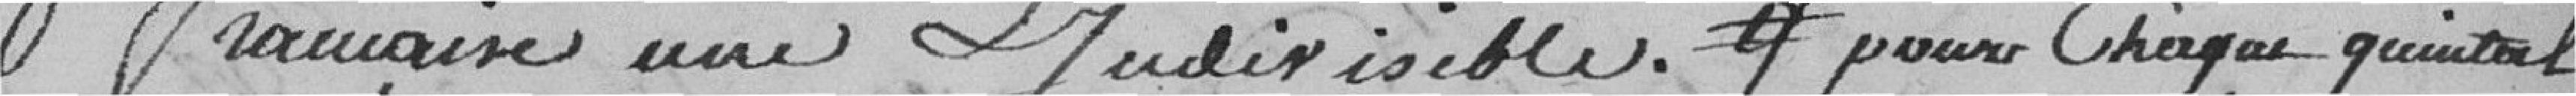
française une et indivisible. pour chaque quintal